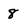
Character: 8